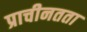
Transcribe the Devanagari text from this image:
प्राचीनतता